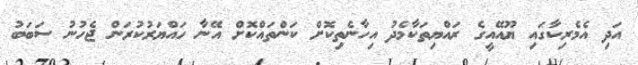
އަދި އެމެރިކާގައި ޔޫއޭއީގެ ރައްޔިތަކާމެދު އިހާނެތިކޮށް ކަންތައްކޮށް އޭނާ ހައްޔަރުކުރަން ޖެހުނު ސަބަބު